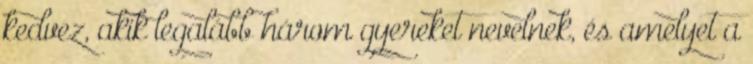
kedvez, akik legalább három gyereket nevelnek, és amelyet a